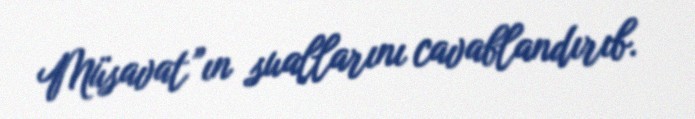
Müsavat”ın suallarını cavablandırıb.